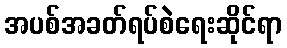
အပစ်အခတ်ရပ်စဲရေးဆိုင်ရာ